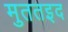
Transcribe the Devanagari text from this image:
मुततइद